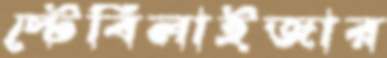
স্টেবিলাইজার